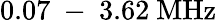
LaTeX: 0.07\mathrm{~-~}3.62~\mathrm{MHz}